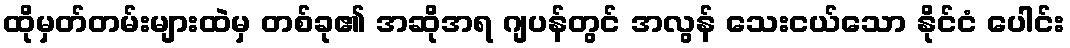
ထိုမှတ်တမ်းများထဲမှ တစ်ခု၏ အဆိုအရ ဂျပန်တွင် အလွန် သေးငယ်သော နိုင်ငံ ပေါင်း